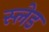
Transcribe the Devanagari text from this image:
स्‍लेड